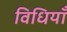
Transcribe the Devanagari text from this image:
विधियाँं